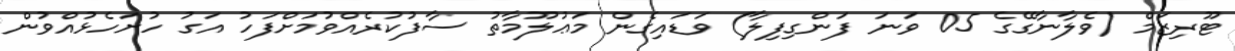
ޓޫރިޒަމް (ވެލާނާގޭގެ 05 ވަނަ ފަންގިފިލާ) ވަޑައިގެން މަޢުލޫމާތު ސާފުކުރެއްވުމަށްފަހު އަގު ހުށަހެޅުއްވުން